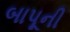
બાપૂની